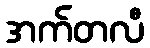
အက်တလီ